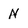
Character: N